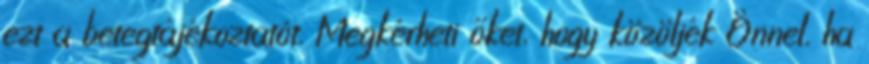
ezt a betegtájékoztatót. Megkérheti őket, hogy közöljék Önnel, ha